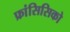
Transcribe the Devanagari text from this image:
फ्रांसिसिको